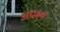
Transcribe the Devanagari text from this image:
अपक्ष्य